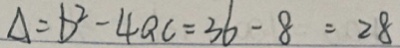
\Delta = b ^ { 2 } - 4 a c = 3 6 - 8 = 2 8